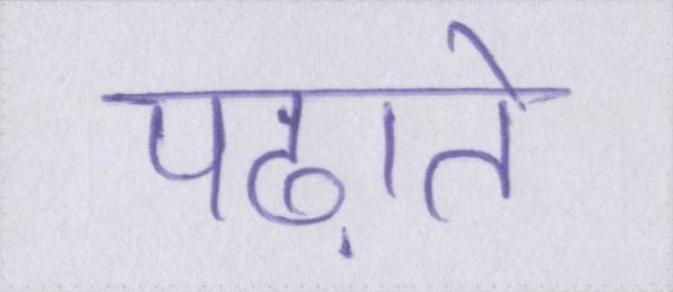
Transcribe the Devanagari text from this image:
पढ़ाते